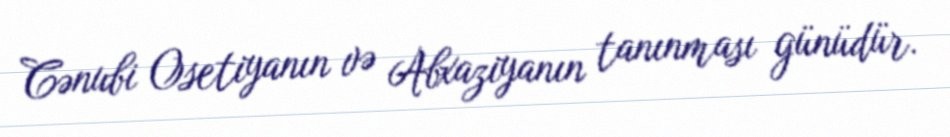
Cənubi Osetiyanın və Abxaziyanın tanınması günüdür.